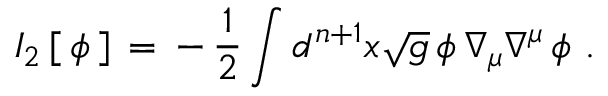
I _ { 2 } \, [ \, \phi \, ] \, = \, - \, { \frac { 1 } { 2 } } \int d ^ { n + 1 } x \sqrt { g } \, \phi \, \nabla _ { \mu } \nabla ^ { \mu } \, \phi \, \, .